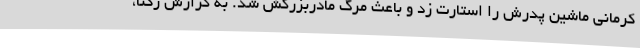
کرمانی ماشین پدرش را استارت زد و باعث مرگ مادربزرگش شد. به گزارش رکنا،